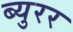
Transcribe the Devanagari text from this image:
ब्युरर